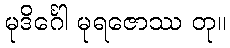
မုဒိင်္ဂေါ မုရဇောဿ တု။